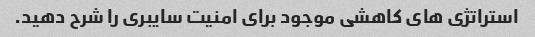
استراتژی های کاهشی موجود برای امنیت سایبری را شرح دهید.